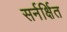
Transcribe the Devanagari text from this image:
सर्नर्क्षित